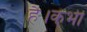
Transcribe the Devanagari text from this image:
है।कभी